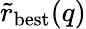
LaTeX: \tilde{r}_{\mathrm{best}}(q)